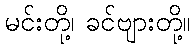
မင်းတို့၊ ခင်ဗျားတို့။